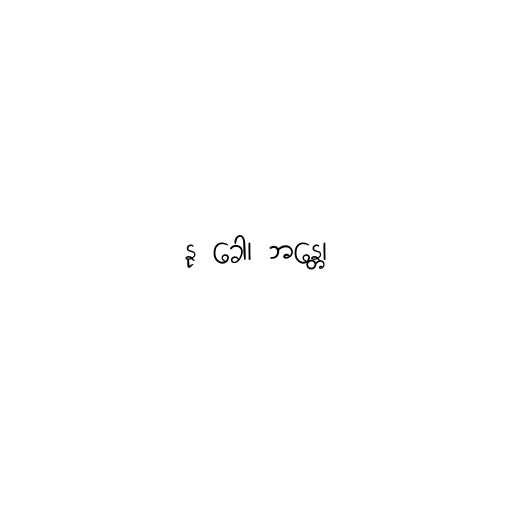
နု ခေါ၊ ဘန္တေ၊